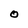
Character: O